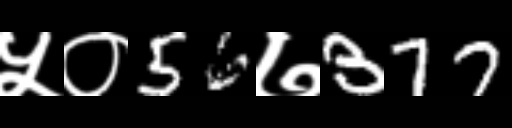
Text: ५०56७377